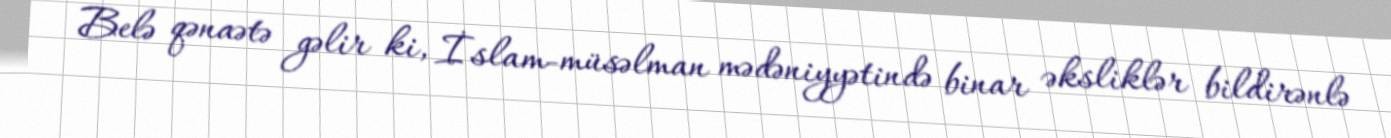
Belə qənaətə gəlir ki, İslam-müsəlman mədəniyyətində binar əksliklər bildirənlə